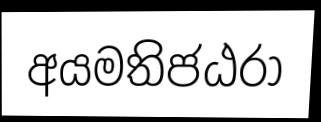
අයමතිජඨරා